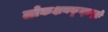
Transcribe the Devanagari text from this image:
लोकक्षयकृत्प्रवृद्धो